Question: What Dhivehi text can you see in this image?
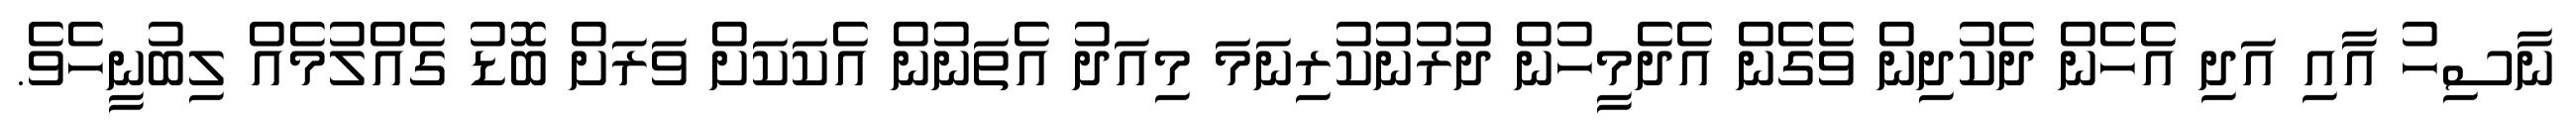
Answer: ނާސިހު އާއި އަދި އެހެން ދެކުދިން ވެގެން އެދެމީހުން ދުރުނުކުރިނަމަ މިއަދު އެތަނުން އެކަކަށް ވަރަށް ބޮޑު ގެއްލުމެއް ލިބުނީހެވެ.